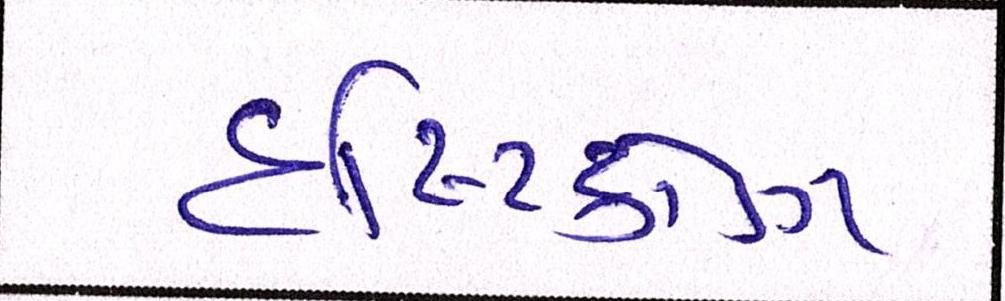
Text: દૃષ્ટિકોણ